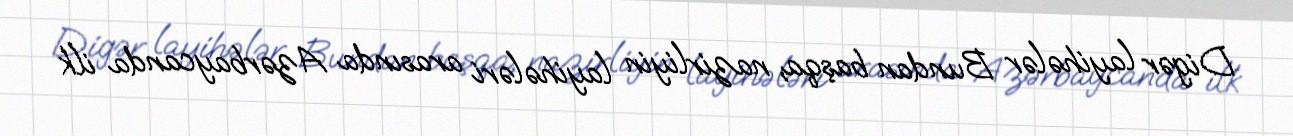
Digər layihələr Bundan başqa, nazirliyin layihələri arasında Azərbaycanda ilk